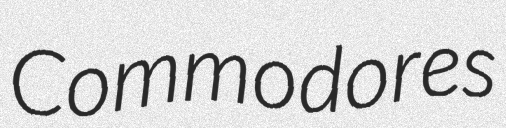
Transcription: Commodores